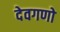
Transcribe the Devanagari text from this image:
देवगणो